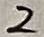
Text: 2